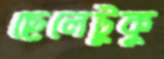
ছেলেটুকু